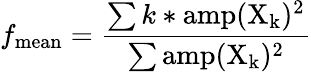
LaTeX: f_{\mathrm{mean}}=\frac{\sum k*\mathrm{amp(X_{k})^{2}}}{\sum\mathrm{amp(X_{k})^{2}}}